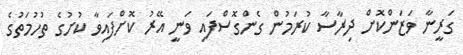
ގަރީނާ ވަޒަންކޮށް ދިރާސާ ކުރަމުން ގެންގޮސްފައި ވަނީ އޭރު ކޮށްފައިވާ ކުށުގެ ތުހުމަތުގެ